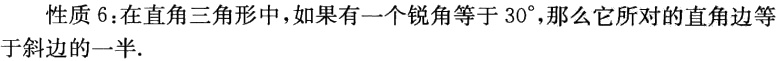
性质 6：在直角三角形中，如果有一个锐角等于 \(30^{\circ}\)，那么它所对的直角边等于斜边的一半.